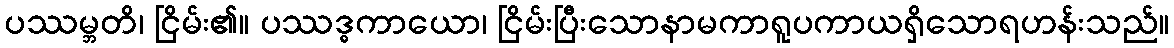
ပဿမ္ဘတိ၊ ငြိမ်း၏။ ပဿဒ္ဓကာယော၊ ငြိမ်းပြီးသောနာမကာရူပကာယရှိသောရဟန်းသည်။